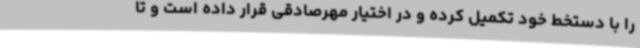
را با دستخط خود تکمیل کرده و در اختیار مهرصادقی قرار داده است و تا